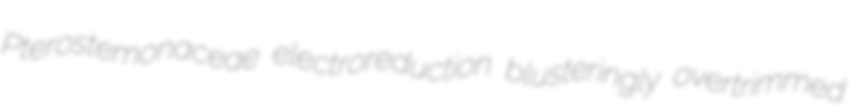
Pterostemonaceae electroreduction blusteringly overtrimmed